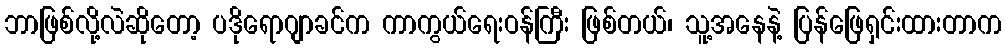
ဘာဖြစ်လို့လဲဆိုတော့ ပဒိုရောဂျာခင်က ကာကွယ်ရေးဝန်ကြီး ဖြစ်တယ်၊ သူ့အနေနဲ့ ပြန်ဖြေရှင်းထားတာက